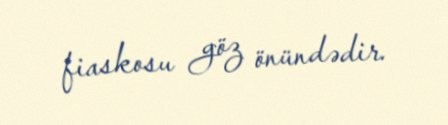
fiaskosu göz önündədir.